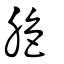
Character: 脃